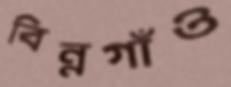
বিন্নগাঁও